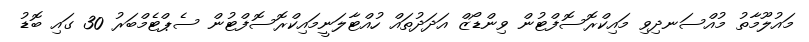
މައުލޫމާތު މުއްސަނދިވި މައިކްރޮސޮފްޓުން ވިންޑޯޒް އަދަދުތައް ހުއްޓާލަނީމައިކްރޮސޮފްޓުން ސެޕްޓެމްބަރު 30 ގައި ބޮޑު